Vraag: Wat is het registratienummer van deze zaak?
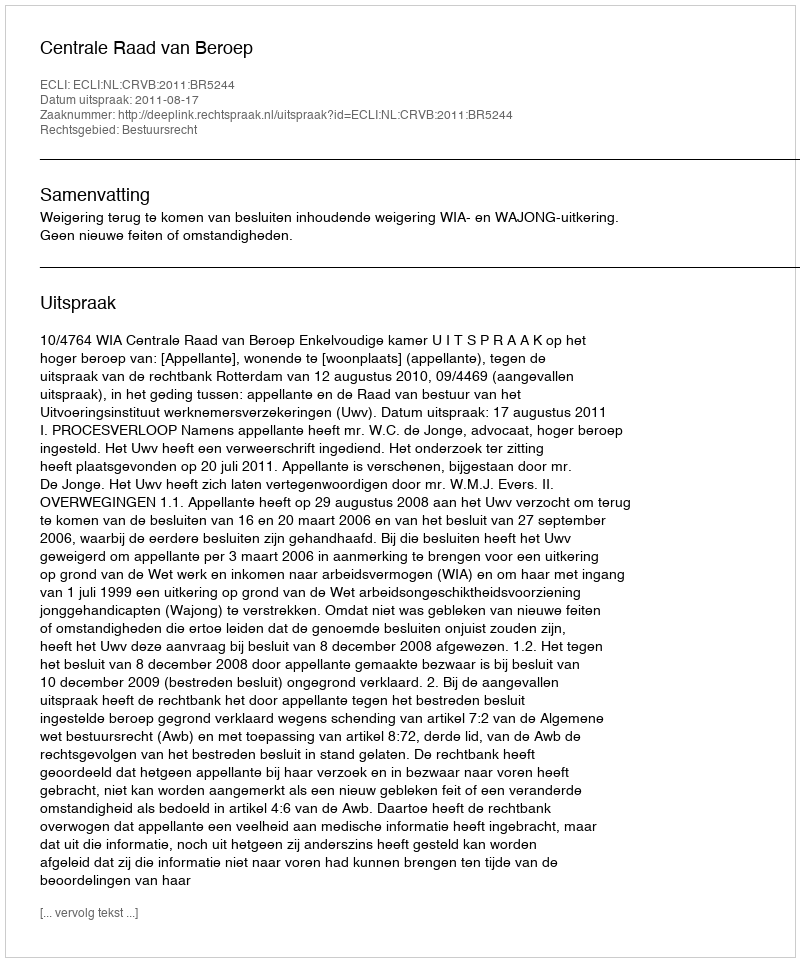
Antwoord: http://deeplink.rechtspraak.nl/uitspraak?id=ECLI:NL:CRVB:2011:BR5244